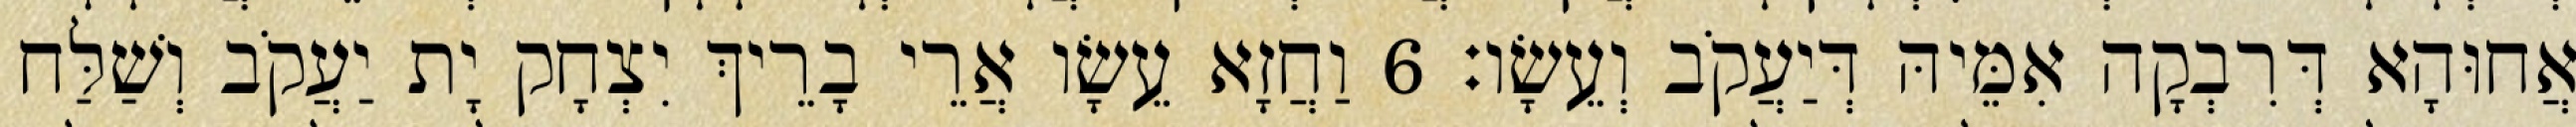
אֲחוּהָא דְּרִבְקָה אִמֵּיהּ דְּיַעֲקֹב וְעֵשָׂו׃ 6 וַחֲזָא עֵשָׂו אֲרֵי בָרֵיךְ יִצְחָק יָת יַעֲקֹב וְשַׁלַּח